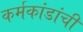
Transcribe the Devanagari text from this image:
कर्मकांडांची